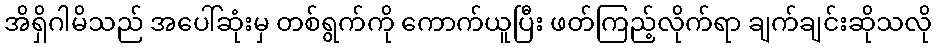
အိရှိဂါမိသည် အပေါ်ဆုံးမှ တစ်ရွက်ကို ကောက်ယူပြီး ဖတ်ကြည့်လိုက်ရာ ချက်ချင်းဆိုသလို